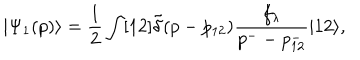
LaTeX: | \Psi _ { 1 } ( p ) \rangle = \frac { 1 } { 2 } \int [ 1 2 ] \tilde { \delta } ( p - p _ { 1 2 } ) \frac { f _ { \lambda } } { p ^ { - } - p _ { 1 2 } ^ { - } } | 1 2 \rangle ,